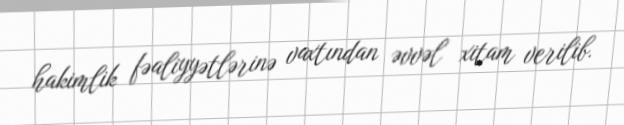
hakimlik fəaliyyətlərinə vaxtından əvvəl xitam verilib.